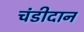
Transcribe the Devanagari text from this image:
चंडीदान